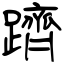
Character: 躋